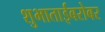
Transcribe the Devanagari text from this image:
शुभाताईबरोबर